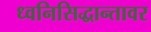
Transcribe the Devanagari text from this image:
ध्वनिसिद्धान्तावर